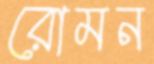
রোমন